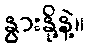
နွားနို့နဲ့။